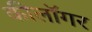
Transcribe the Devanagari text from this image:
कीलॉगर